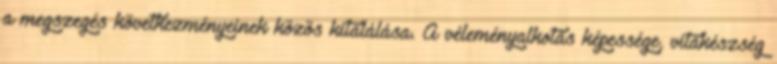
a megszegés következményeinek közös kitalálása. A véleményalkotás képessége, vitakészség